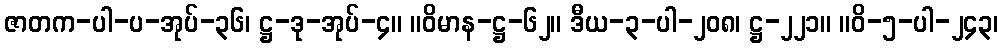
ဇာတက-ပါ-ပ-အုပ်-၃၆၊ ဋ္ဌ-ဒု-အုပ်-၄။ ။ဝိမာန-ဋ္ဌ-၆၂။ ဒီယ-၃-ပါ-၂၀၈၊ ဋ္ဌ-၂၂၁။ ။ဝိ-၅-ပါ-၂၄၃၊